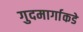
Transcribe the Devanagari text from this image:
गुदमार्गाकडे